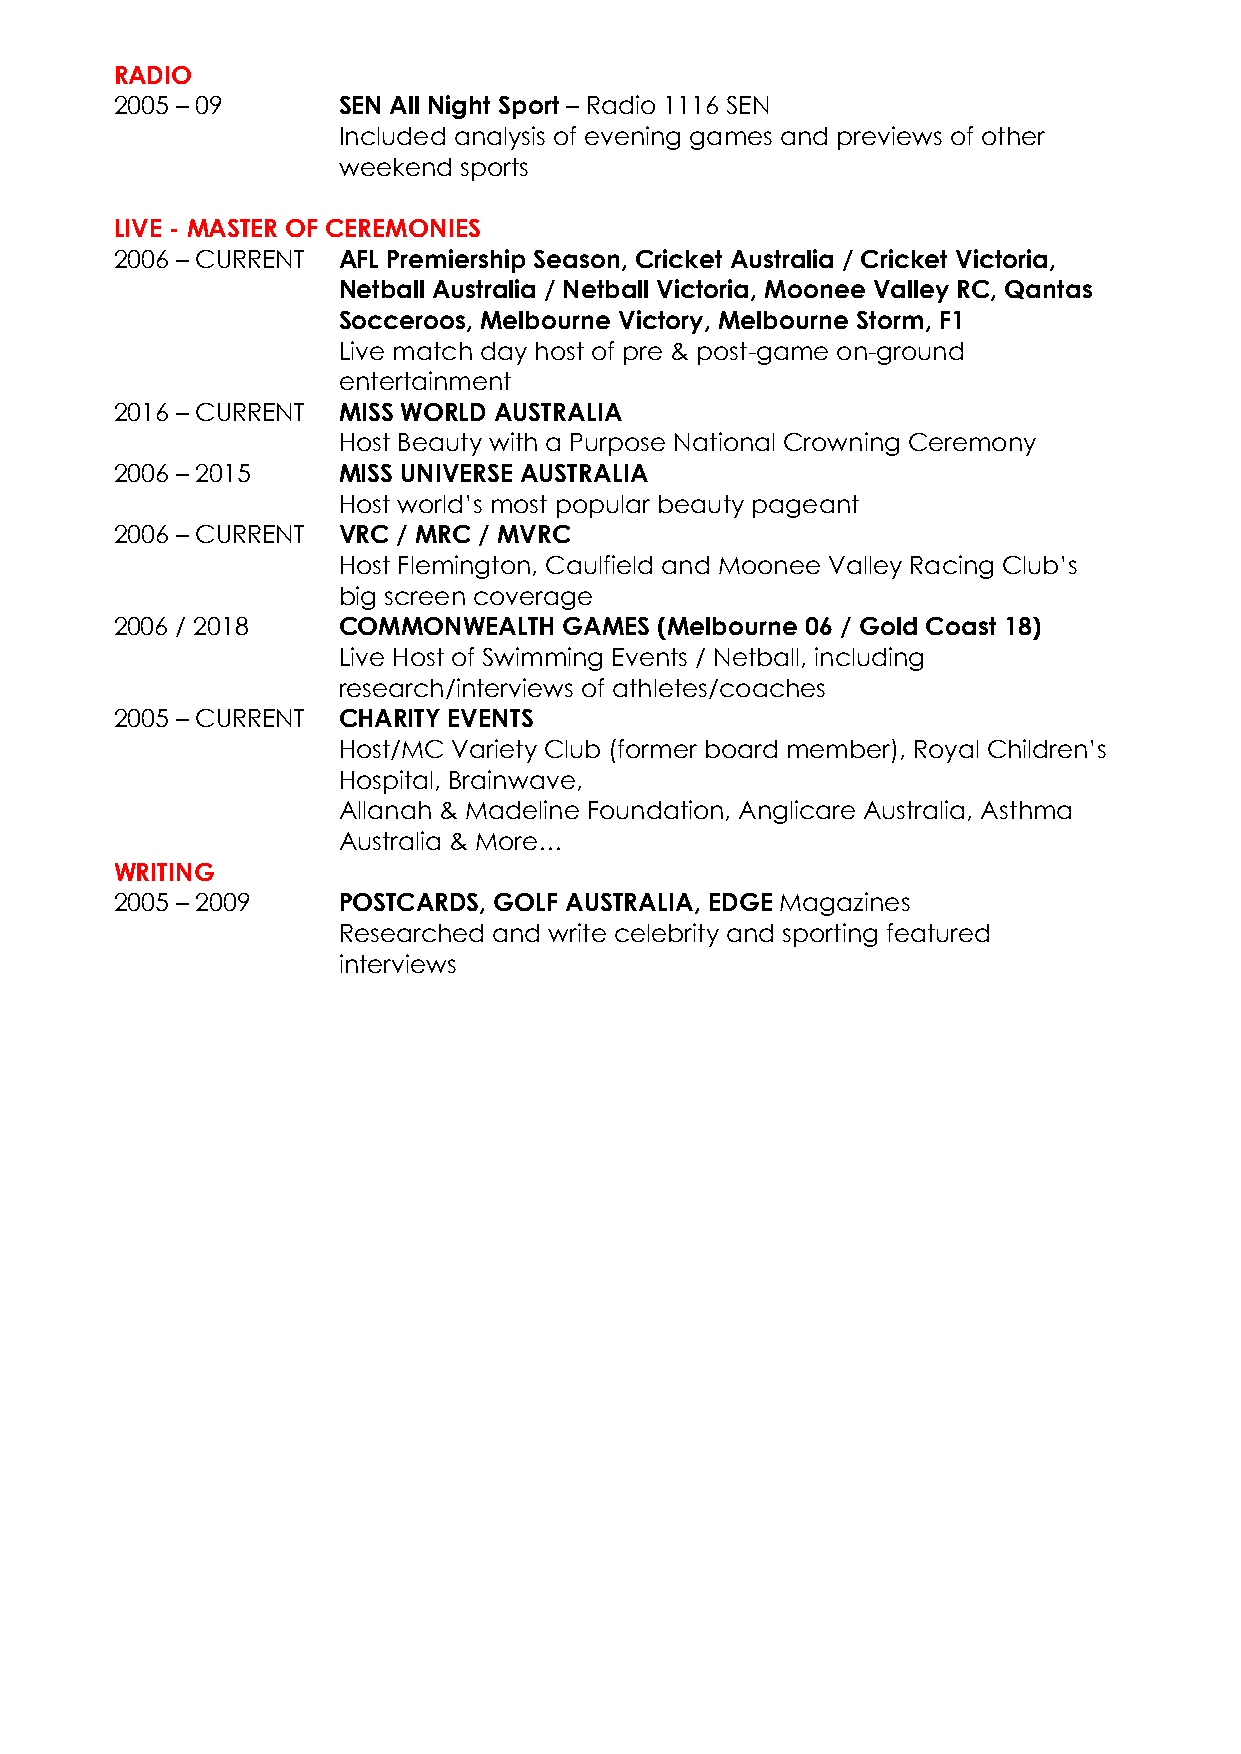
RADIO
 2005 – 09     SEN All Night Sport – Radio 1116 SEN
 Included analysis of evening games and previews of other
 weekend sports
 LIVE - MASTER OF CEREMONIES
 2006 – CURRENT AFL Premiership Season, Cricket Australia / Cricket Victoria,
 Netball Australia / Netball Victoria, Moonee Valley RC, Qantas
 Socceroos, Melbourne Victory, Melbourne Storm, F1
 Live match day host of pre & post-game on-ground
 entertainment
 2016 – CURRENT MISS WORLD AUSTRALIA
 Host Beauty with a Purpose National Crowning Ceremony
 2006 – 2015   MISS UNIVERSE AUSTRALIA
 Host world’s most popular beauty pageant
 2006 – CURRENT VRC / MRC / MVRC
 Host Flemington, Caulfield and Moonee Valley Racing Club’s
 big screen coverage
 2006 / 2018   COMMONWEALTH   GAMES  (Melbourne 06 / Gold Coast 18)
 Live Host of Swimming Events / Netball, including
 research/interviews of athletes/coaches
 2005 – CURRENT CHARITY EVENTS
 Host/MC Variety Club (former board member), Royal Children’s
 Hospital, Brainwave,
 Allanah & Madeline Foundation, Anglicare Australia, Asthma
 Australia & More…
 WRITING
 2005 – 2009   POSTCARDS, GOLF AUSTRALIA, EDGE Magazines
 Researched and write celebrity and sporting featured
 interviews